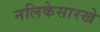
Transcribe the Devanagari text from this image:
नलिकेसारखे